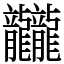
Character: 龖